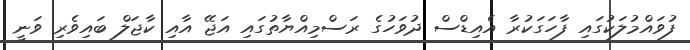
ފުވައްމުލަކުގައި ފާހަގަކުރާ އެއިޑްސް ދުވަހުގެ ރަސްމިއްޔާތުގައި އަޖޭ އާއި ކާޖަލް ބައިވެރި ވަނީ